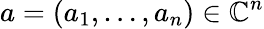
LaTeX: a=(a_{1},\dots,a_{n})\in\mathbb{C}^{n}